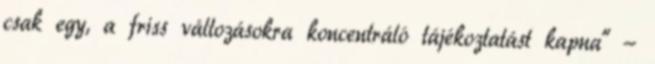
csak egy, a friss változásokra koncentráló tájékoztatást kapna" -